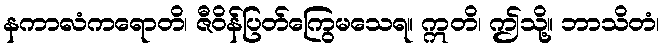
နကာလံကရောတိ၊ ဇီဝိန်ပြတ်ကြွေမသေရ။ ဣတိ၊ ဤသို့။ ဘာသိတံ၊